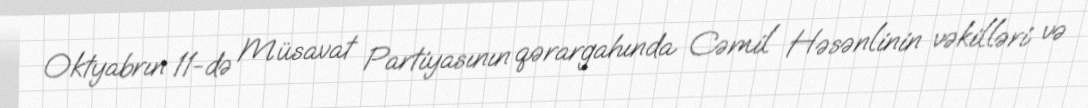
Oktyabrın 11-də Müsavat Partiyasının qərargahında Cəmil Həsənlinin vəkilləri və